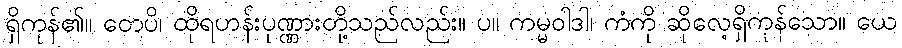
ရှိကုန်၏။ တေပိ၊ ထိုရဟန်းပုဏ္ဏားတို့သည်လည်း။ ပ။ ကမ္မဝါဒါ၊ ကံကို ဆိုလေ့ရှိကုန်သော။ ယေ